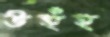
উহুঁহু